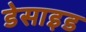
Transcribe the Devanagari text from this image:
डेसाइड